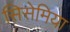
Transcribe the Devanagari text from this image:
सिसेमिया